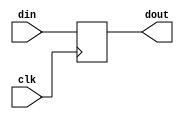
`timescale 1ns / 1ps

module PC(
    din,
    clk,
    dout
    );
    input [31:0] din;
    input clk;
    output reg [31:0] dout = 0;
    
    always @(posedge clk) begin
        dout = din;
    end
endmodule